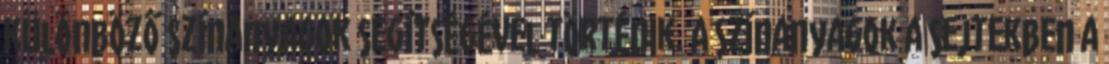
különböző színanyagok segítségével történik. A színanyagok a sejtekben a